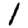
Digit: 1